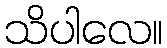
သိပါလေ။